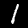
Digit: 1